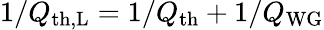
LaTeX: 1/Q_{\mathrm{th,L}}=1/Q_{\mathrm{th}}+1/Q_{\mathrm{WG}}